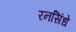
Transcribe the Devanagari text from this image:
रनसिंधे